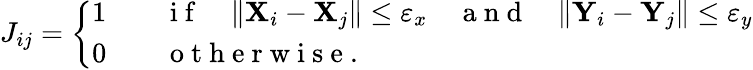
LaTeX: J_{ij}=\left\{ \begin{array}{ll}{1}&{\quad\mathrm{~i~f~}\quad\| \mathbf{X}_{i}-\mathbf{X}_{j}\| \leq\varepsilon_{x}\quad\mathrm{~a~n~d~}\quad\| \mathbf{Y}_{i}-\mathbf{Y}_{j}\| \leq\varepsilon_{y}}\\ {0}&{\quad\mathrm{~o~t~h~e~r~w~i~s~e~}.}\end{array}\right.